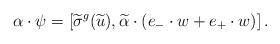
LaTeX: \begin{align*}{\alpha} \cdot \psi = \left[\widetilde{\sigma}^g(\widetilde{u}), {\widetilde{\alpha}} \cdot (e_- \cdot w + e_+ \cdot w) \right].\end{align*}